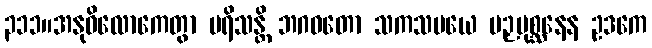
၃၁၁။အနုဝိလောကေတွာ ပရိသန္တိ ဘဂဝတော သကသမယေ ပဉှပုစ္ဆနေန ဥဒကေ